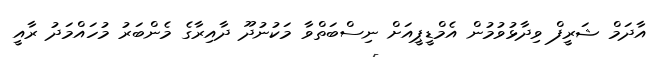
އާދަމް ޝަރީފް ވިދާޅުވުމުން އެމްޑީޕީއަށް ނިސްބަތްވާ މަކުނުދޫ ދާއިރާގެ މެންބަރު މުހައްމަދު ރާއީ